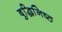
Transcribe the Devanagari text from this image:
बुद्धिनि़ष्ठ